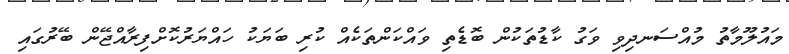
މައުލޫމާތު މުއްސަނދިވި ވަގު ކާޑުތަކުން ބޮޑެތި ވައްކަންތަކެއް ކުރި ބަޔަކު ހައްޔަރުކޮށްފިރާއްޖޭން ބޭރުގައި